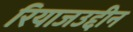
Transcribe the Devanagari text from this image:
रियाजउद्दीन